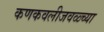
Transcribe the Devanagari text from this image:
कणकवलीजवळ्च्या